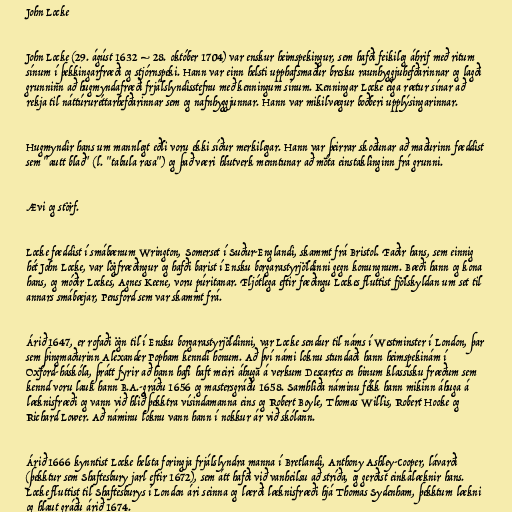
John Locke

John Locke (29. ágúst 1632 – 28. október 1704) var enskur heimspekingur, sem hafði feikileg áhrif með ritum
sínum í þekkingarfræði og stjórnspeki. Hann var einn helsti upphafsmaður bresku raunhyggjuhefðarinnar og lagði
grunninn að hugmyndafræði frjálslyndisstefnu með kenningum sínum. Kenningar Locke eiga rætur sínar að
rekja til náttúruréttarhefðarinnar sem og nafnhyggjunnar. Hann var mikilvægur boðberi upplýsingarinnar.

Hugmyndir hans um mannlegt eðli voru ekki síður merkilegar. Hann var þeirrar skoðunar að maðurinn fæddist
sem "autt blað" (l. "tabula rasa") og það væri hlutverk menntunar að móta einstaklinginn frá grunni.

Ævi og störf.

Locke fæddist í smábænum Wrington, Somerset í Suður-Englandi, skammt frá Bristol. Faðir hans, sem einnig
hét John Locke, var lögfræðingur og hafði barist í Ensku borgarastyrjöldinni gegn konungnum. Bæði hann og kona
hans, og móðir Lockes, Agnes Keene, voru púritanar. Fljótlega eftir fæðingu Lockes fluttist fjölskyldan um set til
annars smábæjar, Pensford sem var skammt frá.

Árið 1647, er rofaði ögn til í Ensku borgarastyrjöldinni, var Locke sendur til náms í Westminster í London, þar
sem þingmaðurinn Alexander Popham kenndi honum. Að því námi loknu stundaði hann heimspekinám í
Oxford-háskóla, þrátt fyrir að hann hafi haft meiri áhuga á verkum Descartes en hinum klassísku fræðum sem
kennd voru lauk hann B.A.-gráðu 1656 og mastersgráðu 1658. Samhliða náminu fékk hann mikinn áhuga á
læknisfræði og vann við hlið þekktra vísindamanna eins og Robert Boyle, Thomas Willis, Robert Hooke og
Richard Lower. Að náminu loknu vann hann í nokkur ár við skólann.

Árið 1666 kynntist Locke helsta foringja frjálslyndra manna í Bretlandi, Anthony Ashley-Cooper, lávarði
(þekktur sem Shaftesbury jarl eftir 1672), sem átt hafði við vanheilsu að stríða, og gerðist einkalæknir hans.
Locke fluttist til Shaftesburys í London ári seinna og lærði læknisfræði hjá Thomas Sydenham, þekktum lækni
og hlaut gráðu árið 1674.